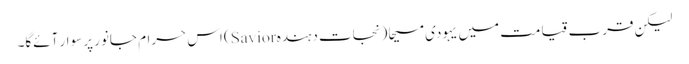
لیکن قربِ قیامت میں یہودی مسیحا (نجات دہندہ Savior) اس حرام جانور پر سوار آئےگا۔